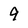
Character: 9